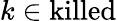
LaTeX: k\in\mathrm{killed}